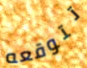
تتوقعه